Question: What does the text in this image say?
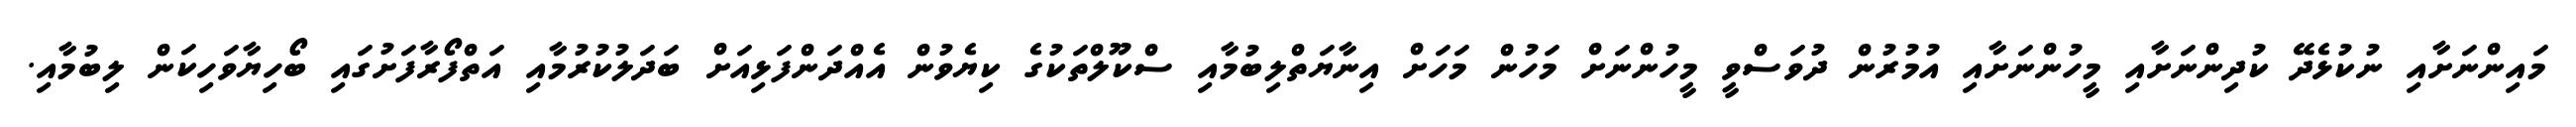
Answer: މައިންނަށާއި ނުކުޅެދޭ ކުދިންނަށާއި މީހުންނަށާއި އުމުރުން ދުވަސްވީ މީހުންނަށް މަހުން މަހަށް އިނާޔަތްލިބުމާއި ސްކޫލްތަކުގެ ކިޔެވުން އެއްދަންފަޅިއަށް ބަދަލުކުރުމާއި އަތްފޯރާފަށުގައި ބޯހިޔާވަހިކަން ލިބުމާއި.